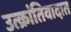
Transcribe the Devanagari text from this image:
उत्क्रांतिवादात